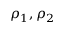
\rho _ { 1 } , \rho _ { 2 }